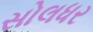
સોલધર